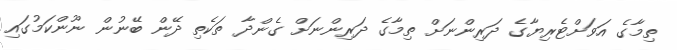
ތިމާގެ އަވަށްޓެރިޔާގެ ދަރިންނަށް ތިމާގެ ދަރިންނަށް ގެންދާ ތަކެތި ދޭން ބޭނުން ނޫންކަމުގައި